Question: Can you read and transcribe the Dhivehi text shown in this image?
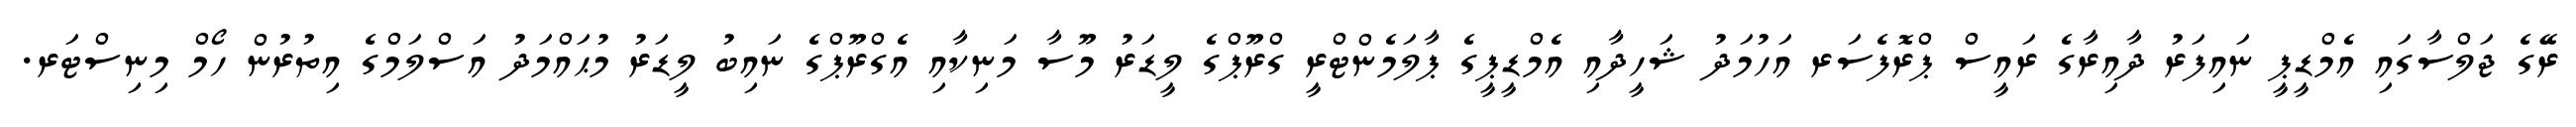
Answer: ރޭގެ ޖަލްސާގައި އެމްޑީޕީ ނައިފަރު ދާއިރާގެ ރައީސް ޕްރޮފެސަރ އަހުމަދު ޝަހީދާއި އެމްޑީޕީގެ ޕާލަމެންޓްރީ ގްރޫޕްގެ ލީޑަރު މޫސާ މަނިކާއި އެގްރޫޕްގެ ނައިބު ލީޑަރު މުޙައްމަދު އަސްލަމްގެ އިތުރުން ހޯމް މިނިސްޓަރ.